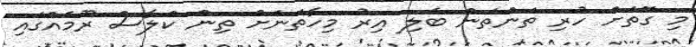
މި ގޮތަށް ހުރި ތަންތަން ބެލި އިރު މިހާތަނަށް ތިން ކްލާސް ރޫމެއްގައި